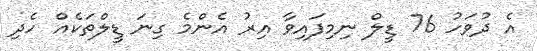
އެ ދުވަހު 76 ޑީލް ނިމިފައިވާ އިރު އެންމެ ގިނަ ޑީލްތަކެއް ހެދި